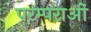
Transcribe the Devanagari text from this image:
परम्‍पराओं